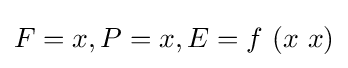
F=x,P=x,E=f\ (x\ x)